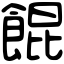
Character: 餛